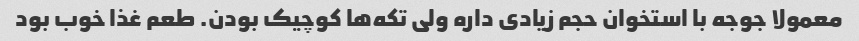
معمولا جوجه با استخوان حجم زیادی داره ولی تکه‌ها کوچیک بودن. طعم غذا خوب بود